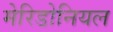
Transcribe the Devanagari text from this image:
मेरिडोनियल